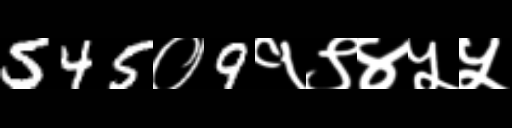
Text: 545०9१९४५५